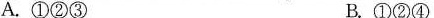
A. ①②③ B. ①②④